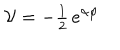
{ \cal V } = - { \textstyle \frac { 1 } { 2 } } \, e ^ { \alpha \varphi }